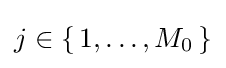
j\in {\{\,1,\dots ,M_{0}\,{}\}}